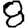
Digit: 8